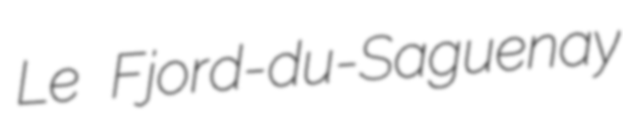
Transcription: Le Fjord-du-Saguenay